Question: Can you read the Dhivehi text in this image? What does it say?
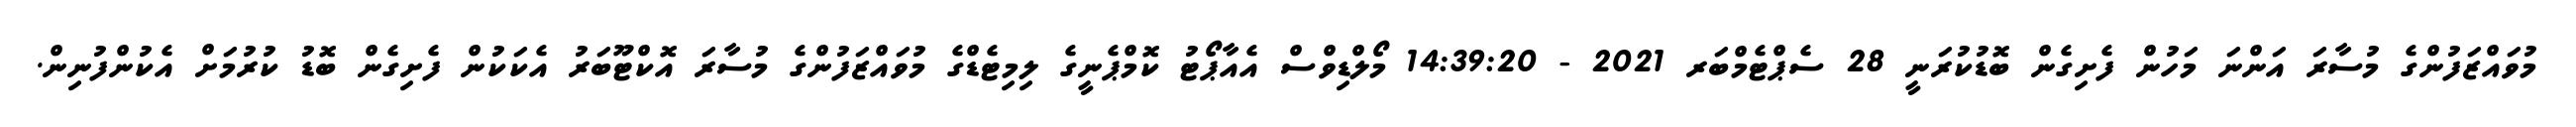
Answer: މުވައްޒަފުންގެ މުސާރަ އަންނަ މަހުން ފެށިގެން ބޮޑުކުރަނީ 28 ސެޕްޓެމްބަރ 2021 - 14:39:20 މޯލްޑިވްސް އެއާޕޯޓު ކޮމްޕެނީގެ ލިމިޓެޑްގެ މުވައްޒަފުންގެ މުސާރަ އޮކްޓޫބަރު އެކަކުން ފެށިގެން ބޮޑު ކުރުމަށް އެކުންފުނިން.